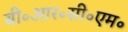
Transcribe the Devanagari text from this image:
बी॰आर॰सी॰एम॰